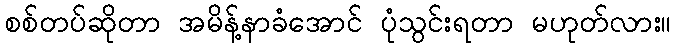
စစ်တပ်ဆိုတာ အမိန့်နာခံအောင် ပုံသွင်းရတာ မဟုတ်လား။